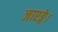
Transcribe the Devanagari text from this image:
जाएङ्गे।